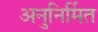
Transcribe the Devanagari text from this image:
अनुनिर्मित